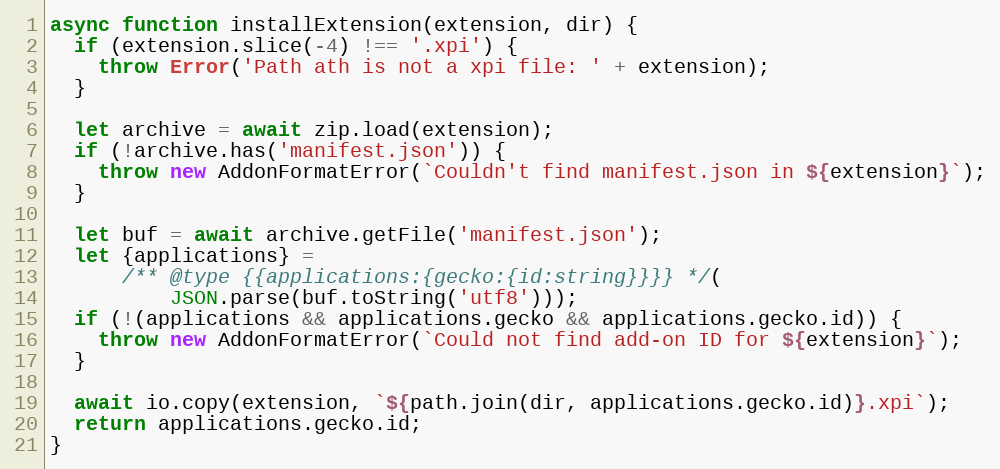
Language: JavaScript
async function installExtension(extension, dir) {
  if (extension.slice(-4) !== '.xpi') {
    throw Error('Path ath is not a xpi file: ' + extension);
  }

  let archive = await zip.load(extension);
  if (!archive.has('manifest.json')) {
    throw new AddonFormatError(`Couldn't find manifest.json in ${extension}`);
  }

  let buf = await archive.getFile('manifest.json');
  let {applications} =
      /** @type {{applications:{gecko:{id:string}}}} */(
          JSON.parse(buf.toString('utf8')));
  if (!(applications && applications.gecko && applications.gecko.id)) {
    throw new AddonFormatError(`Could not find add-on ID for ${extension}`);
  }

  await io.copy(extension, `${path.join(dir, applications.gecko.id)}.xpi`);
  return applications.gecko.id;
}